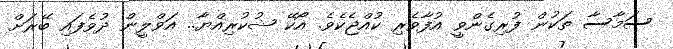
ސަމާސާ ތަކުން ފުރިގެންވީ އުފާވެރި ކުއްޖެކެވެ. އޯކޭ ޝުކުރިއްޔާ.. އަވްލީން ދުވެފައި ބޭރަށް